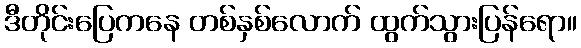
ဒီတိုင်းပြေကနေ တစ်နှစ်လောက် ထွက်သွားပြန်ရော။